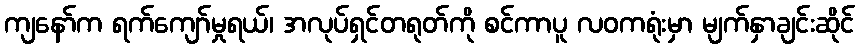
ကျနော်က ရက်ကျော်မှုရယ်၊ အလုပ်ရှင်တရုတ်ကို စင်ကာပူ လဝကရုံးမှာ မျက်နှာချင်းဆိုင်